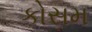
કોસમ